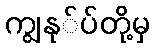
ကျွနု်ပ်တို့မှ